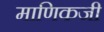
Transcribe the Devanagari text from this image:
माणिकजी